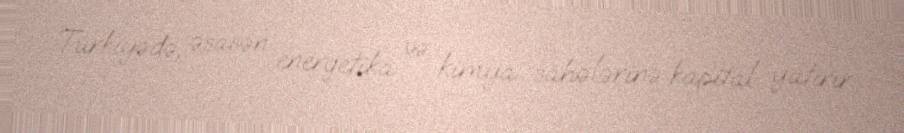
Türkiyədə, əsasən energetika və kimya sahələrinə kapital yatırır.